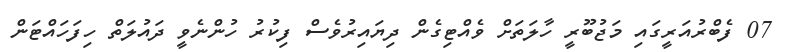
07 ފެބްރުއަރީގައި މަޖުބޫރީ ހާލަތަށް ވެއްޓިގެން ދިޔައިރުވެސް ފިކުރު ހުންނެވީ ދައުލަތް ހިފަހައްޓަން